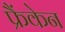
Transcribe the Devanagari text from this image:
फ्रैंकेन